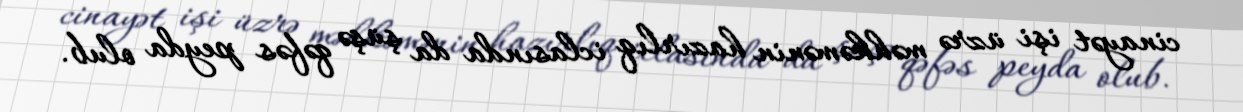
cinayət işi üzrə məhkəmənin hazırlıq iclasında da şüşə qəfəs peyda olub.